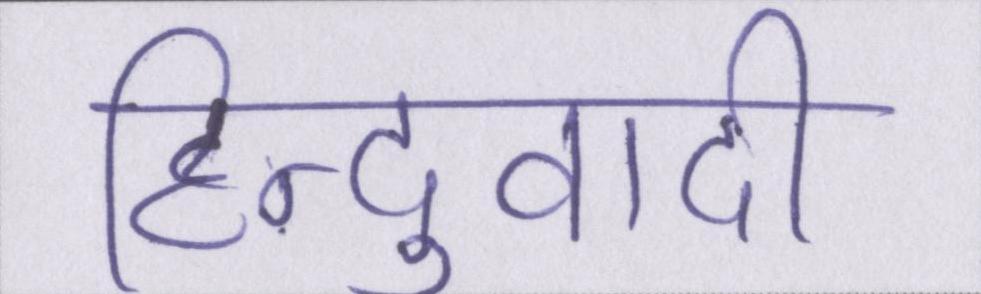
हिन्दुवादी